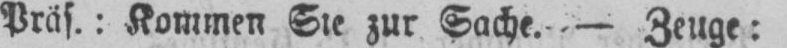
Präs.: Kommen Sie zur Sache. - Zeuge: